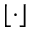
\lfloor \cdot \rfloor